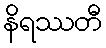
နိရဿတီ